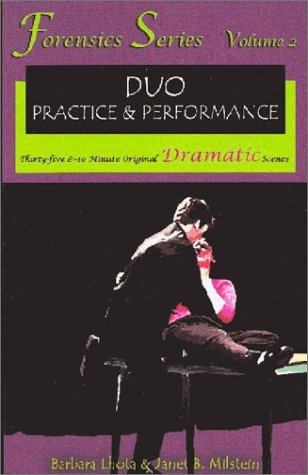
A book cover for Forensics Duo Series Volume 2: 35 8-10 Minute Original Dramatic Plays for Duo Practice and Performance; Barbara Lhota; Teen & Young Adult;